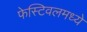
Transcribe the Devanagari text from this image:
फेस्टिवलमध्ये